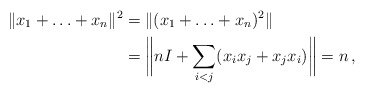
\begin{align*}\|x_1 +\ldots+x_n\|^2&=\|(x_1+\ldots+x_n)^2\|\\&=\bigg\|nI+\sum_{i< j} (x_ix_j+x_jx_i)\bigg\|=n\,,\end{align*}